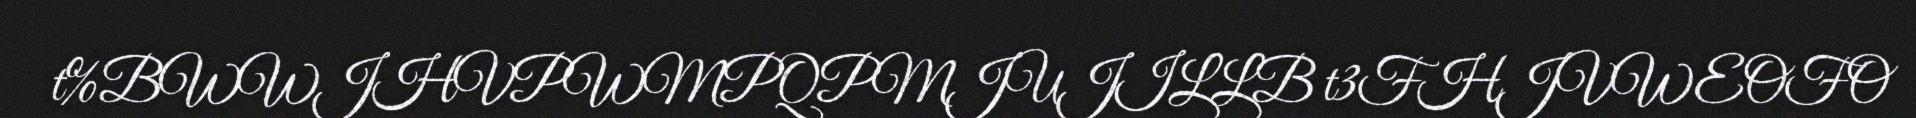
t%BWWJHVPWMPQPMJUJILLB t3FHJVWEOFO